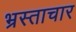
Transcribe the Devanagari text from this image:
भ्रस्ताचार